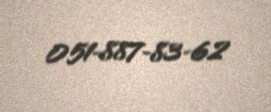
051-887-83-62